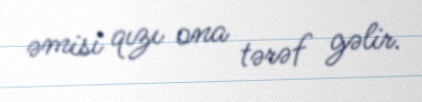
əmisi qızı ona tərəf gəlir.